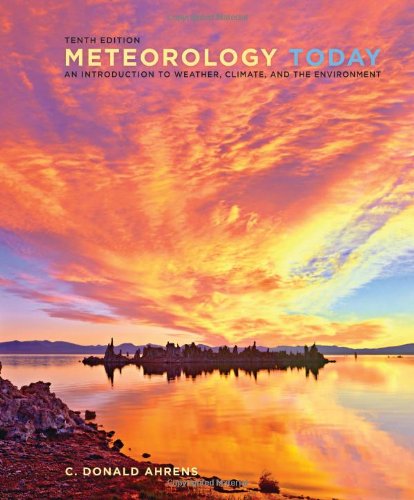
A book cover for Meteorology Today: An Introduction to Weather, Climate, and the Environment; C. Donald Ahrens; Science & Math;